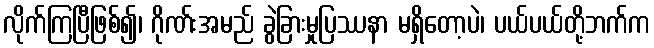
လိုက်ကြပြီဖြစ်၍၊ ဂိုဏ်းအမည် ခွဲခြားမှုပြဿနာ မရှိတော့ပဲ၊ ပယ်ပယ်တို့ဘက်က